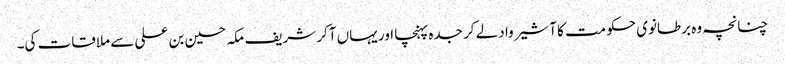
چنانچہ وہ برطانوی حکومت کا آشیرواد لے کر جدہ پہنچا اور یہاں آکر شریف مکہ حسین بن علی سے ملاقات کی۔